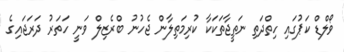
ވޯލްޑް ކަޕުގައި ހިތްދަތި ނަތީޖާތަކަކާ ކުރިމަތިލާން ޖެހުނު ބްރެޒިލް ވަނީ ހަތަރު ދަރަޖައިގެ